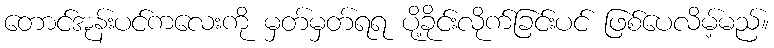
တောင်အုန်းပင်ကလေးကို မှတ်မှတ်ရရ ပို့ခိုင်းလိုက်ခြင်းပင် ဖြစ်ပေလိမ့်မည်။